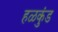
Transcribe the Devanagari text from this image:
हळकुंड